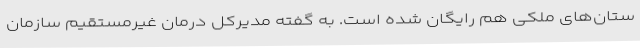
ستان‌های ملکی هم رایگان شده است. به گفته مدیرکل درمان غیرمستقیم سازمان